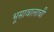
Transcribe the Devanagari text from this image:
भूसावालाची